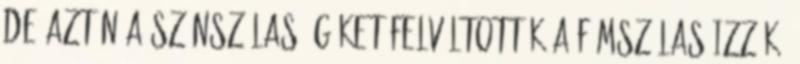
de aztán a szénszálas égőket felváltották a fémszálas izzók,